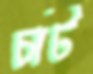
চাট